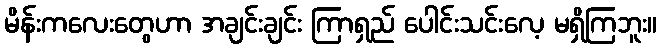
မိန်းကလေးတွေဟာ အချင်းချင်း ကြာရှည် ပေါင်းသင်းလေ့ မရှိကြဘူး။